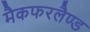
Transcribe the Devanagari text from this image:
मैकफरलैण्ड